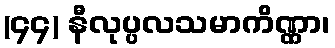
(၄၄) နီလုပ္ပလသမာကိဏ္ဏာ၊